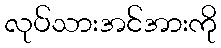
လုပ်သားအင်အားကို